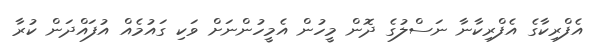
އެފްރިކާގެ އެފްރިކާނާ ނަސްލުގެ ދޮން މީހުން އެމީހުންނަށް ވަކި ގައުމެއް އުފައްދަން ކުރާ